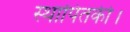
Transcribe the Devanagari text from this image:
स्थापितकी।